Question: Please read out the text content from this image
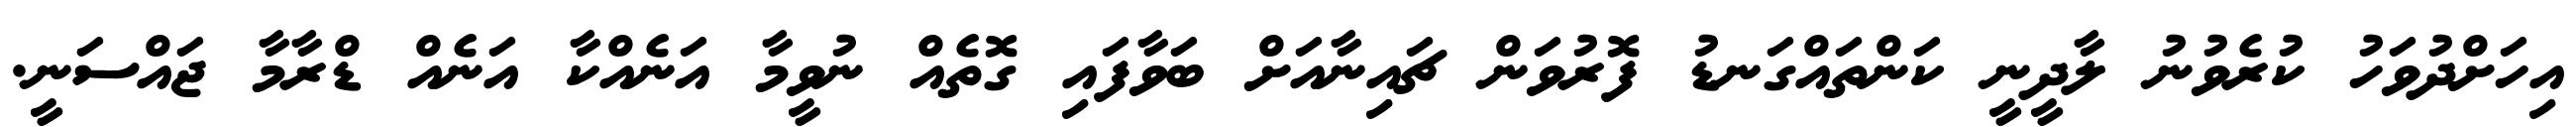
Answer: އިހަށްދުވަހު ކުރެވުނު ލާދީނީ ކަންތައްގަނޑު ފޮރުވަން ޗައިނާއަށް ބަވާފައި ގޮތެއް ނުވީމާ އަނެއްކާ އަނެއް ޑްރާމާ ޖައްސަނީ.